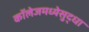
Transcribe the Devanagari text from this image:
कॉलेजमध्येसुद्धा